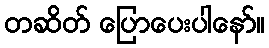
တဆိတ် ပြောပေးပါနော်။